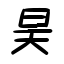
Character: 昊